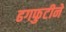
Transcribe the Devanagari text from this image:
ढगफुटीने